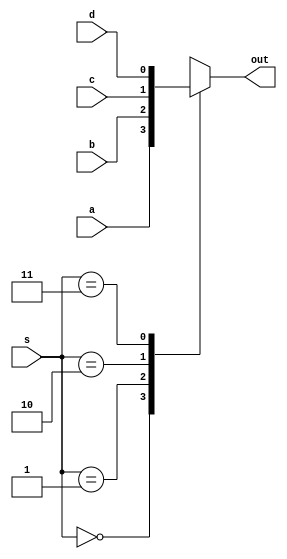
//`include "mux4_1_tb.v"
//`include "fa.v"

module mux4_1(output reg out, input wire a,b,c,d, input wire [1:0]s);
	always @(a, b, c, d, s) //Al cambiar las variables vuelve a evaluar el case

	begin	
	    case (s) 
	       2'b00: out = a; //Cuando s es (0,0) la salida va a ser lo que contenga a
	       2'b01: out = b; //Cuando s es (0,1) la salida va a ser el contenido de b
	       2'b10: out = c; //Cuando s es (1,0) la salida va a ser el contenido de c
	       2'b11: out = d; //Cuando s es (1,1) la salida va a ser el contenido de d
	       default out = 'bx;  //Para los demas casos no es relevante, se marca con una x
	    endcase
	 end
endmodule